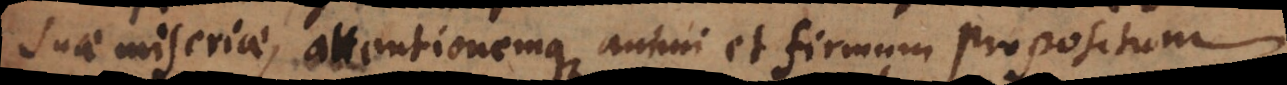
suae miseriae, attentionemque animi et firmum propositum